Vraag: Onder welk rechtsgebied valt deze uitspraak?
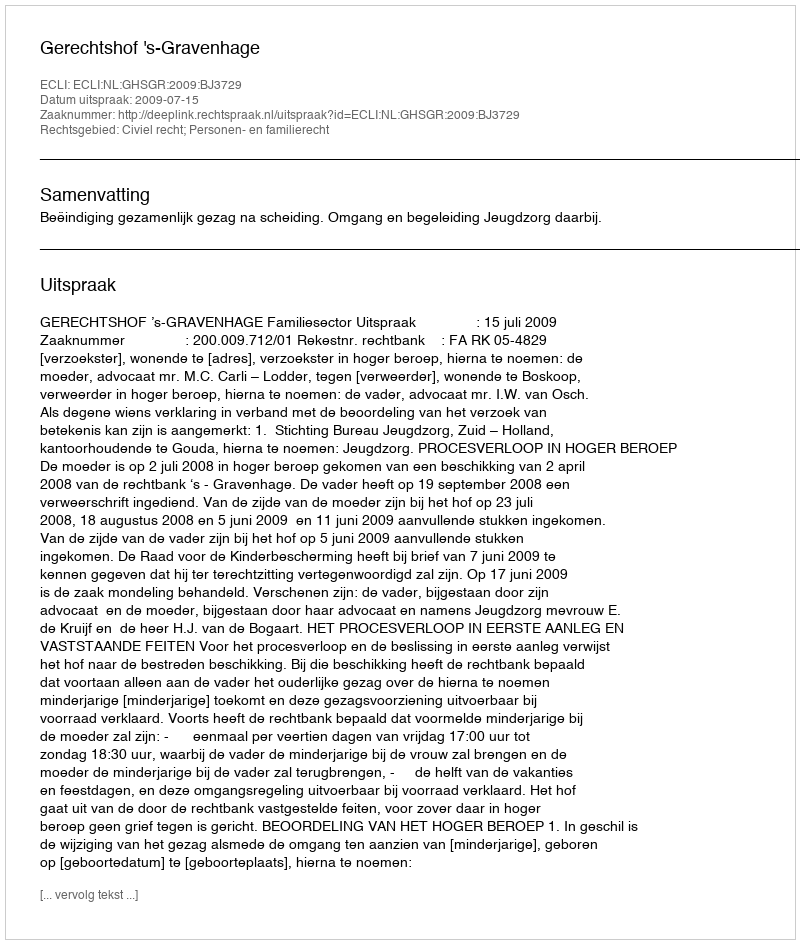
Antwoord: Civiel recht; Personen- en familierecht